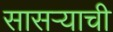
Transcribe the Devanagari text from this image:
सासऱ्याची